Civil Veterinary Dept. Bombay admin report 1932-41 - 1932-1941
Year: 1932
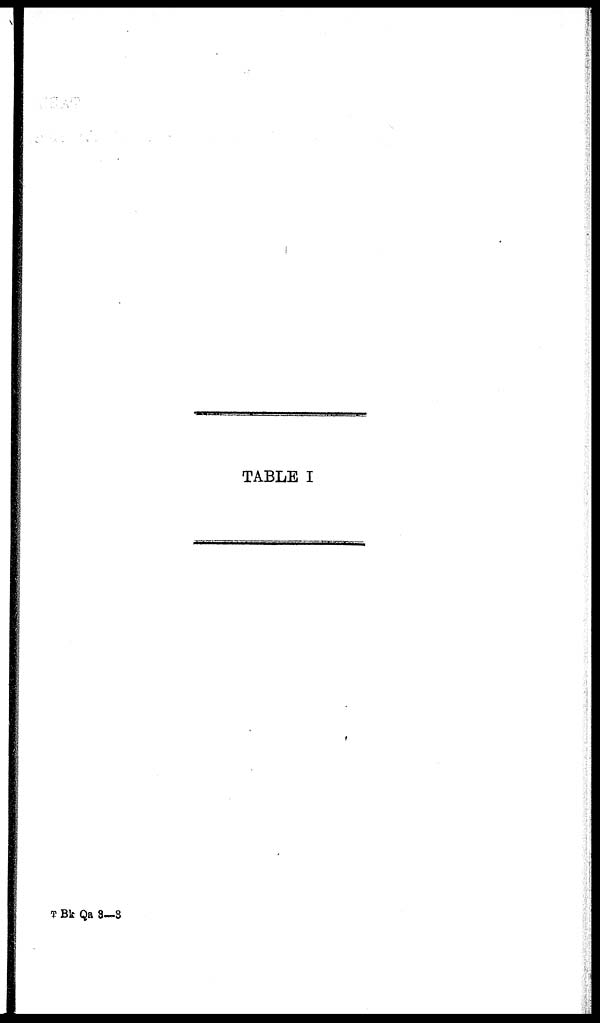
TABLE I
T Bk Qa 3—3